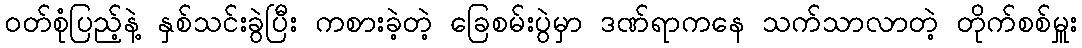
ဝတ်စုံပြည့်နဲ့ နှစ်သင်းခွဲပြီး ကစားခဲ့တဲ့ ခြေစမ်းပွဲမှာ ဒဏ်ရာကနေ သက်သာလာတဲ့ တိုက်စစ်မှူး